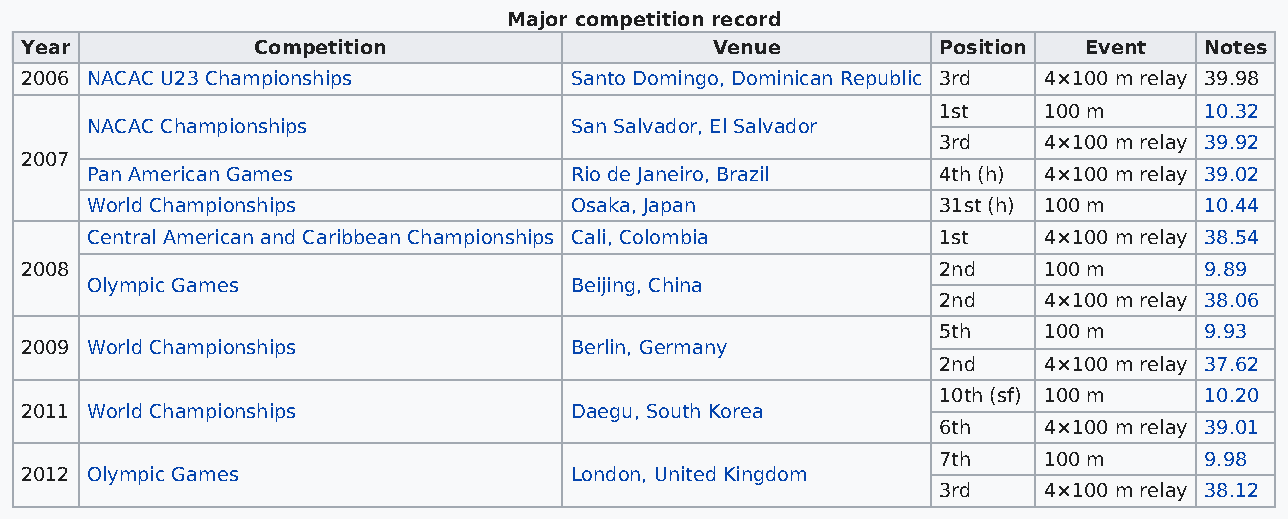
Major competition record
 Year            Competition                   Venue          Position  Event   Notes
 2006 NACAC U23 Championships         Santo Domingo, Dominican Republic 3rd 4×100 m relay 39.98
 1st    100 m      10.32
 NACAC Championships             San Salvador, El Salvador
 3rd    4×100 m relay 39.92
 2007
 Pan American Games              Rio de Janeiro, Brazil  4th (h) 4×100 m relay 39.02
 World Championships             Osaka, Japan            31st (h) 100 m    10.44
 Central American and Caribbean Championships Cali, Colombia 1st 4×100 m relay 38.54
 2008                                                         2nd    100 m      9.89
 Olympic Games                   Beijing, China
 2nd    4×100 m relay 38.06
 5th    100 m      9.93
 2009 World Championships             Berlin, Germany
 2nd    4×100 m relay 37.62
 10th (sf) 100 m   10.20
 2011 World Championships             Daegu, South Korea
 6th    4×100 m relay 39.01
 7th    100 m      9.98
 2012 Olympic Games                   London, United Kingdom
 3rd    4×100 m relay 38.12